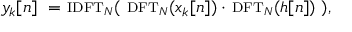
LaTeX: y _ { k } [ n ] \ = \ \scriptstyle { \mathrm { I D F T } } _ { N } \displaystyle ( \ \scriptstyle { \mathrm { D F T } } _ { N } \displaystyle ( x _ { k } [ n ] ) \cdot \ \scriptstyle { \mathrm { D F T } } _ { N } \displaystyle ( h [ n ] ) \ ) ,